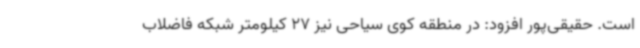
است. حقیقی‌پور افزود: در منطقه کوی سیاحی نیز 27 کیلومتر شبکه فاضلاب